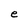
Character: e